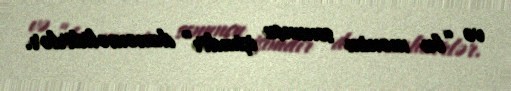
və “bu mənim sonuncu işimdir” deməməlidirlər.